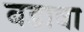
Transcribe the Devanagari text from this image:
बडावा